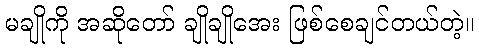
မချိုကို အဆိုတော် ချိုချိုအေး ဖြစ်စေချင်တယ်တဲ့။